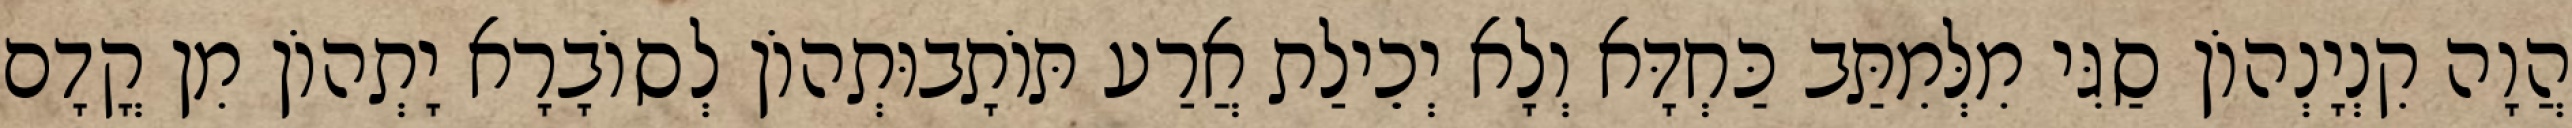
הֲוָה קִנְיָנְהוֹן סַגִּי מִלְּמִתַּב כַּחְדָּא וְלָא יְכֵילַת אֲרַע תּוֹתָבוּתְהוֹן לְסוֹבָרָא יָתְהוֹן מִן קֳדָם